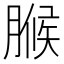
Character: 𮌧